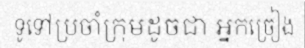
ទូទៅប្រចាំក្រុមដូចជា អ្នកច្រៀង